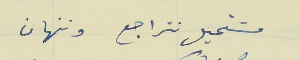
مسَتحيل نتراجع وننهان